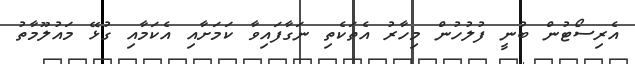
އެރިސޯޓުން ބުނީ ފުލުހުން މިހާރު އެތަކެތި ނަގާފައިވާ ކަމަށާއި އެކަމާއި ގުޅޭ މައުލޫމާތު